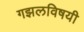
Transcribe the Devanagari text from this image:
गझलविषयी